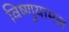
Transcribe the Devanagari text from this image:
विष्णुयामल